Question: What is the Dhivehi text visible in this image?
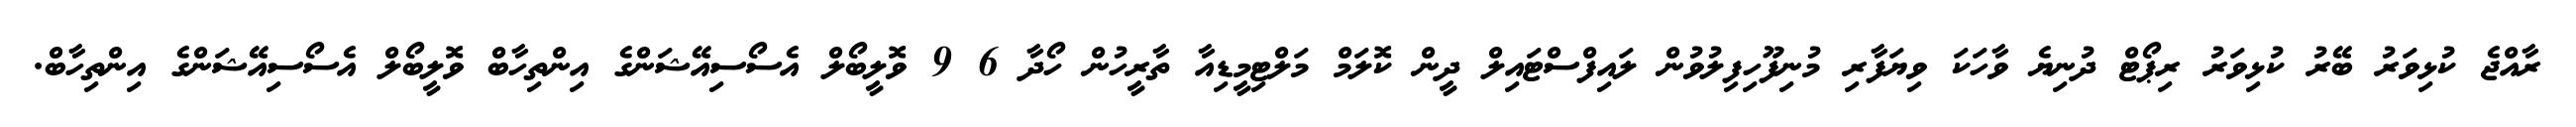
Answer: ރާއްޖެ ކުޅިވަރު ބޭރު ކުޅިވަރު ރިޕޯޓް ދުނިޔެ ވާހަކަ ވިޔަފާރި މުނިފޫހިފިލުވުން ލައިފްސްޓައިލް ދީން ކޮލަމް މަލްޓިމީޑިއާ ތާރީހުން ހޯދާ 6 9 ވޮލީބޯލް އެސޯސިއޭޝަންގެ އިންތިހާބް ވޮލީބޯލް އެސޯސިއޭޝަންގެ އިންތިހާބް.